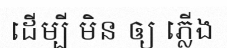
ដើម្បី មិន ឲ្យ ភ្លើង